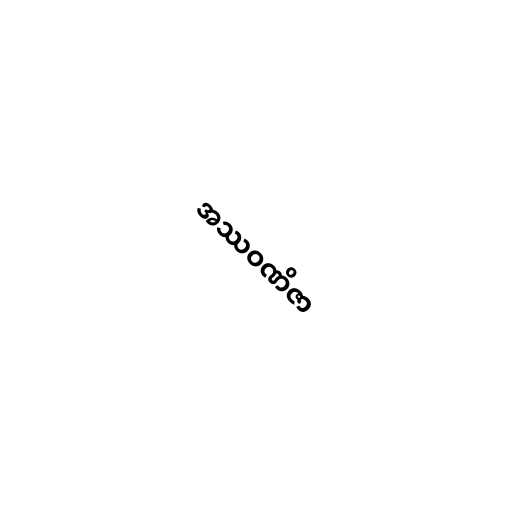
အဿဝဏိဇာ